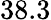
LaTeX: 38.3